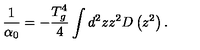
\frac { 1 } { \alpha _ { 0 } } = - \frac { T _ { g } ^ { 4 } } { 4 } \int d ^ { 2 } z z ^ { 2 } D \left( z ^ { 2 } \right) .